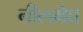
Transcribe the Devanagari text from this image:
नीलमेघ